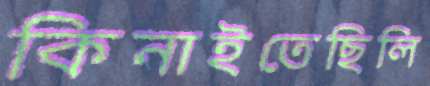
কিনাইতেছিলি